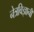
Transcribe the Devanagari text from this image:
नेत्रविज्ञानी